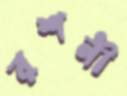
রশনী